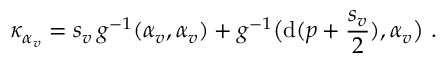
\kappa _ { \alpha _ { v } } = s _ { v } \, g ^ { - 1 } ( \alpha _ { v } , \alpha _ { v } ) + g ^ { - 1 } \big ( \mathrm { d } ( p + \frac { s _ { v } } { 2 } ) , \alpha _ { v } \big ) \ .